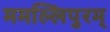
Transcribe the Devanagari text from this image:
ममल्लिपुरम्